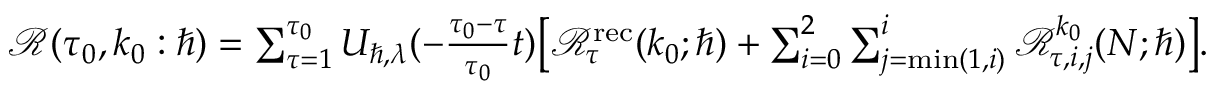
\begin{array} { r } { \mathcal { R } ( \tau _ { 0 } , k _ { 0 } : \hbar ) = \sum _ { \tau = 1 } ^ { \tau _ { 0 } } U _ { \hbar , \lambda } ( - \frac { \tau _ { 0 } - \tau } { \tau _ { 0 } } t ) \big [ \mathcal { R } _ { \tau } ^ { \mathrm { r e c } } ( k _ { 0 } ; \hbar ) + \sum _ { i = 0 } ^ { 2 } \sum _ { j = \operatorname* { m i n } ( 1 , i ) } ^ { i } \mathcal { R } _ { \tau , i , j } ^ { k _ { 0 } } ( N ; \hbar ) \big ] . } \end{array}